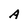
Character: A